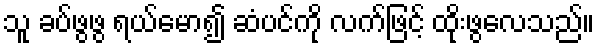
သူ ခပ်ဖွဖွ ရယ်မော၍ ဆံပင်ကို လက်ဖြင့် ထိုးဖွလေသည်။